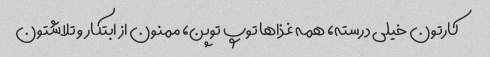
کارتون خیلی درسته، همه غذاها توپ توپن، ممنون از ابتکار و تلاشتون